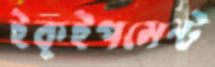
ইকুইপমেন্ট